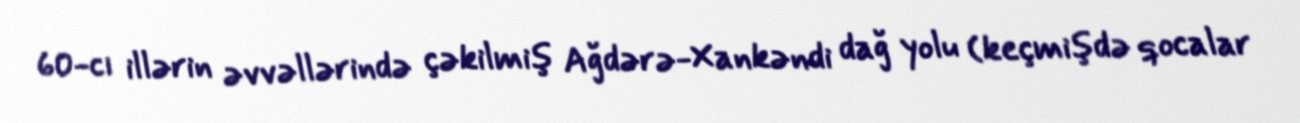
60-cı illərin əvvəllərində çəkilmiş Ağdərə-Xankəndi dağ yolu (keçmişdə qocalar